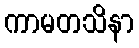
ကာမတသိနာ